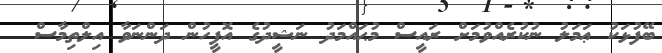
ބޭފުޅަކު ޢަމަލު ނުކުރެއްވުމަށް ރައީސް މުޙައްމަދު ނަޝީދުގެ އޮފީހުން ދަންނަވާ އިލްތިމާސް